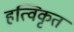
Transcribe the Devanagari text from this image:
हत्विकृत